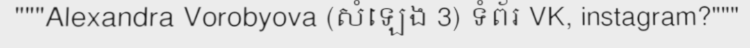
"""Alexandra Vorobyova (សំឡេង 3) ទំព័រ VK, instagram?"""